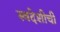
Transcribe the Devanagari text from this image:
स्वदेशीची